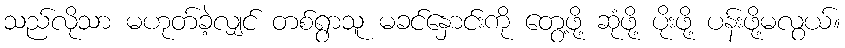
သည်လိုသာ မဟုတ်ခဲ့လျှင် တစ်ရွာသူ မခင်နှောင်းကို တွေ့ဖို့ ဆုံဖို့ ပိုးဖို့ ပန်းဖို့မလွယ်။